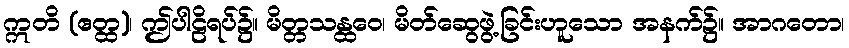
ဣတိ (ဧတ္ထ)၊ ဤပါဠိရပ်၌။ မိတ္တသန္ထဝေ၊ မိတ်ဆွေဖွဲ့ခြင်းဟူသော အနက်၌။ အာဂတော၊